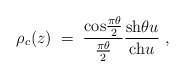
\begin{align*}\rho_c(z)\;=\;{{\rm cos}{\pi\theta\over 2}\over {\pi\theta\over 2}}{{\rm sh}\theta u\over {\rm ch} u}\;,\end{align*}